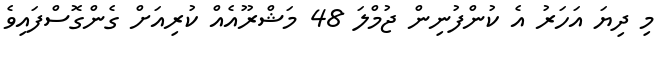
މި ދިޔަ އަހަރު އެ ކުންފުނިން ޖުމްލަ 48 މަޝްރޫއެއް ކުރިއަށް ގެންގޮސްފައިވެ